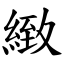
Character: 緻